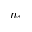
n _ { \uparrow }